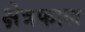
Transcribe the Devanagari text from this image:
क्षेत्रफाल